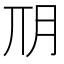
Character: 𣍣